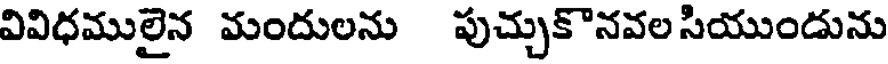
వివిధములైన మందులను పుచ్చుకొనవల సియుందును